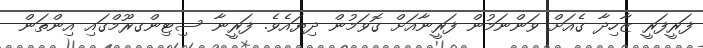
ފަރީފަރީ ޒާހިދާ ގެއަށް ވަންނަމުން ފަރީނާއަށް ގޮވަމުން ދިޔައެވެ. ފަރީނާ ސިޓިންގރޫމްގައި އިންތަން